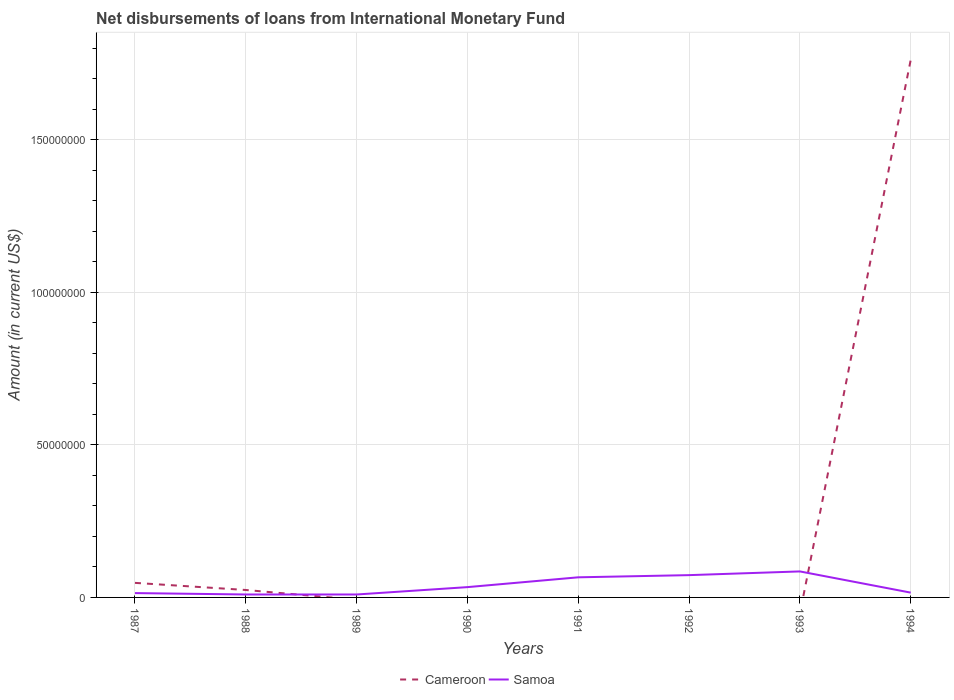
| Years | Cameroon | Samoa |
 | --- | --- | --- |
 | 1987 | 4.77e+06 | 1.42e+06 |
 | 1988 | 2.44e+06 | 9.63e+05 |
 | 1989 | -7.44e+05 | 9.62e+05 |
 | 1990 | -2.63e+06 | 3.38e+06 |
 | 1991 | -3.69e+06 | 6.59e+06 |
 | 1992 | -1.86e+06 | 7.3e+06 |
 | 1993 | -5.2e+06 | 8.52e+06 |
 | 1994 | 1.76e+08 | 1.57e+06 |